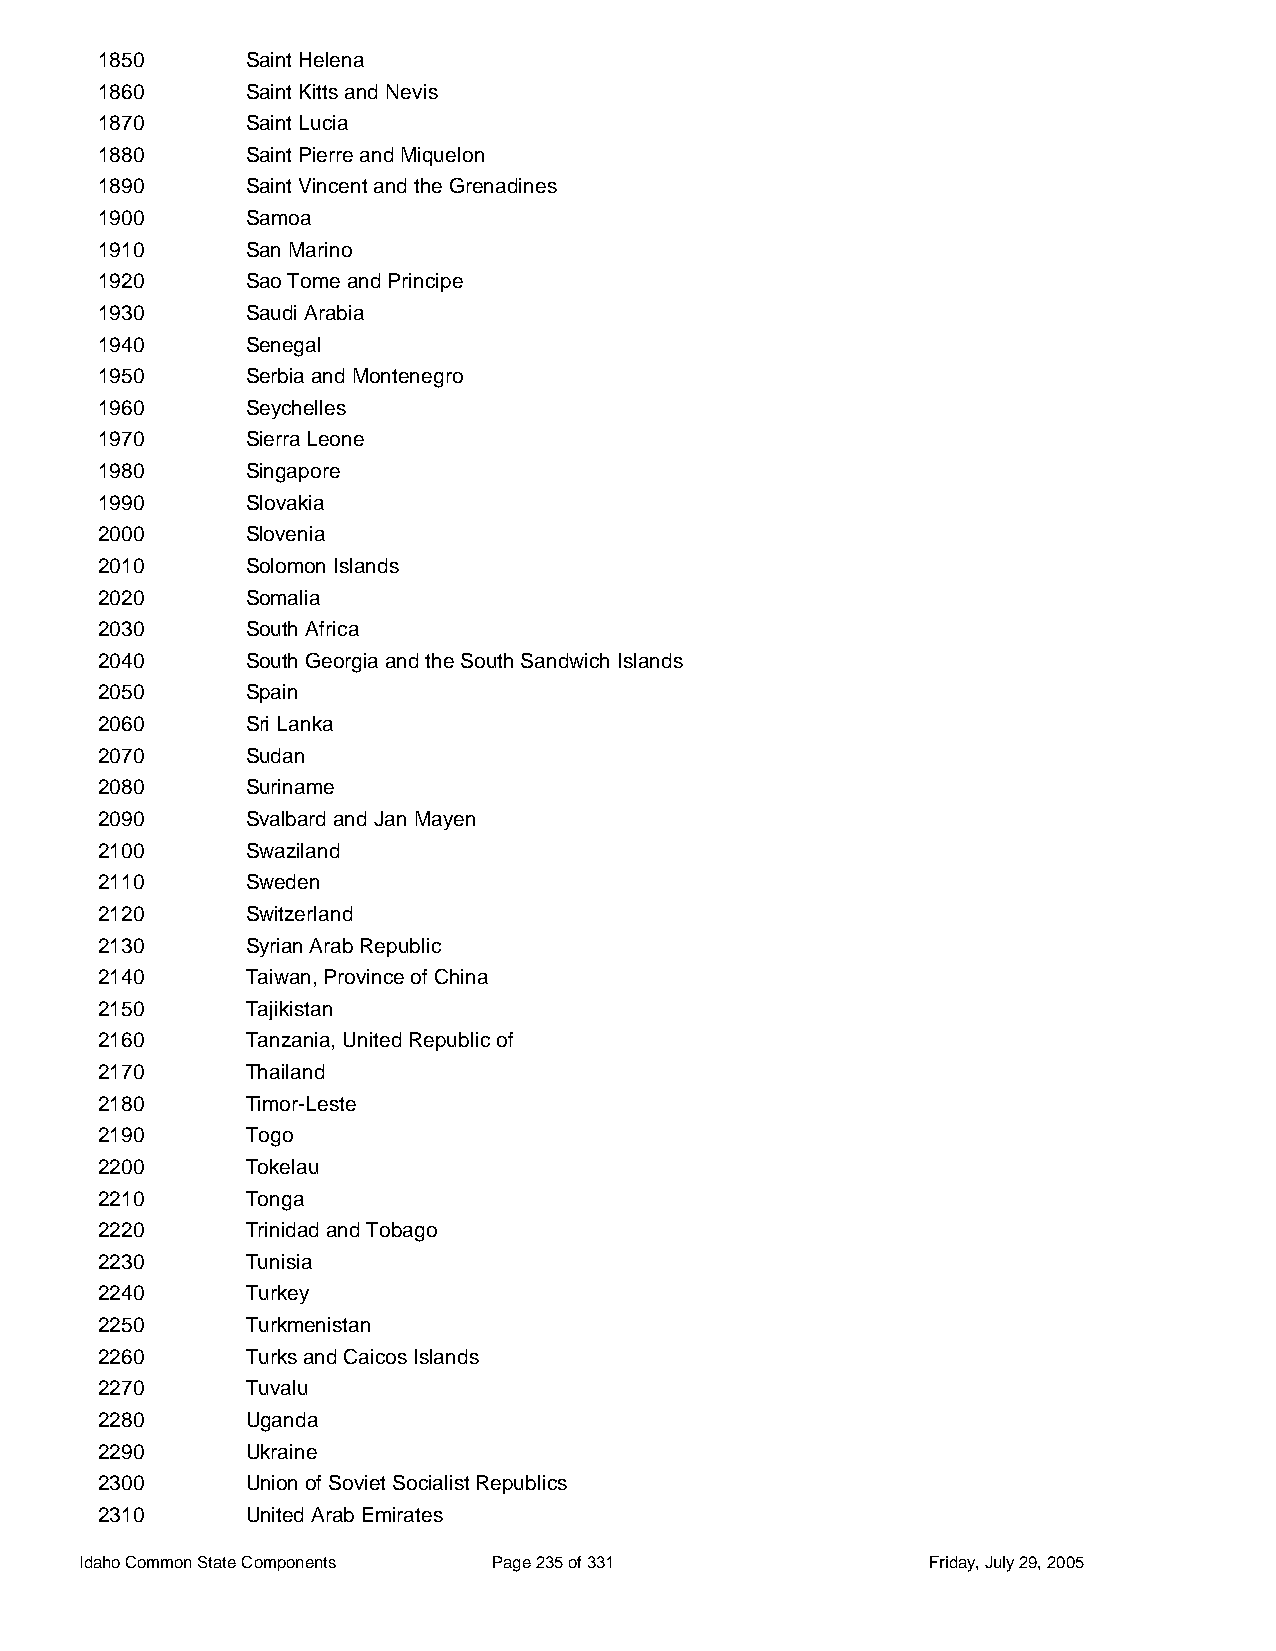
1850      Saint Helena
 1860      Saint Kitts and Nevis
 1870      Saint Lucia
 1880      Saint Pierre and Miquelon
 1890      Saint Vincent and the Grenadines
 1900      Samoa
 1910      San Marino
 1920      Sao Tome and Principe
 1930      Saudi Arabia
 1940      Senegal
 1950      Serbia and Montenegro
 1960      Seychelles
 1970      Sierra Leone
 1980      Singapore
 1990      Slovakia
 2000      Slovenia
 2010      Solomon Islands
 2020      Somalia
 2030      South Africa
 2040      South Georgia and the South Sandwich Islands
 2050      Spain
 2060      Sri Lanka
 2070      Sudan
 2080      Suriname
 2090      Svalbard and Jan Mayen
 2100      Swaziland
 2110      Sweden
 2120      Switzerland
 2130      Syrian Arab Republic
 2140      Taiwan, Province of China
 2150      Tajikistan
 2160      Tanzania, United Republic of
 2170      Thailand
 2180      Timor-Leste
 2190      Togo
 2200      Tokelau
 2210      Tonga
 2220      Trinidad and Tobago
 2230      Tunisia
 2240      Turkey
 2250      Turkmenistan
 2260      Turks and Caicos Islands
 2270      Tuvalu
 2280      Uganda
 2290      Ukraine
 2300      Union of Soviet Socialist Republics
 2310      United Arab Emirates
 Idaho Common State Components Page 235 of 331           Friday, July 29, 2005